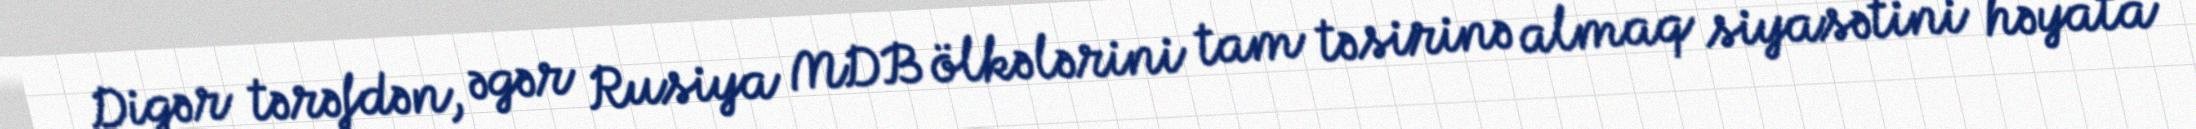
Digər tərəfdən, əgər Rusiya MDB ölkələrini tam təsirinə almaq siyasətini həyata